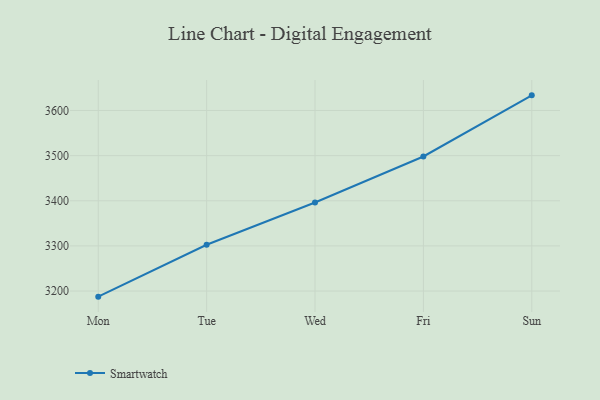
{"axis": {"x": "Day", "y": "Customer Acquisition Cost (USD)"}, "legend": ["Smartwatch"], "data": [{"x": "Mon", "y": 3187.6, "type": "Smartwatch"}, {"x": "Tue", "y": 3302.5, "type": "Smartwatch"}, {"x": "Wed", "y": 3396.2, "type": "Smartwatch"}, {"x": "Fri", "y": 3498.1, "type": "Smartwatch"}, {"x": "Sun", "y": 3633.5, "type": "Smartwatch"}]}